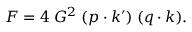
{ \cal F } = 4 \; G ^ { 2 } \; ( p \cdot k ^ { \prime } ) \; ( q \cdot k ) .